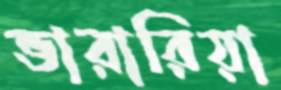
ভারারিয়া